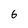
Character: 6